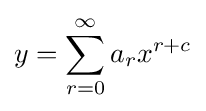
y=\sum _{r=0}^{\infty }a_{r}x^{r+c}